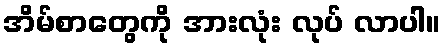
အိမ်စာတွေကို အားလုံး လုပ် လာပါ။